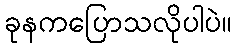
ခုနကပြောသလိုပါပဲ။